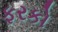
ફરકો